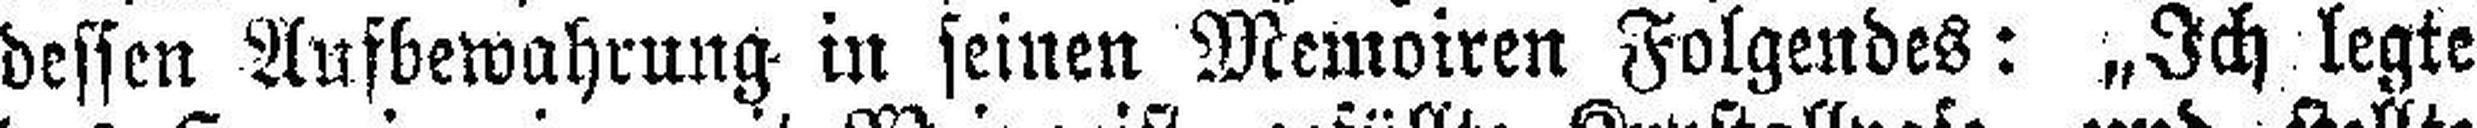
dessen Aufbewahrung in seinen Memoiren Folgendes: „Ich legte